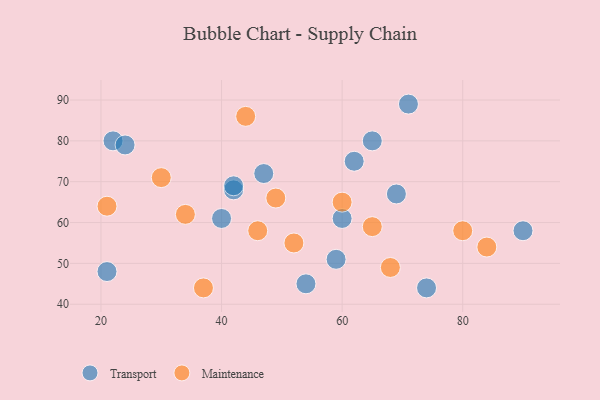
{"axis": {"x": "GDP", "y": "Life Expectancy"}, "legend": ["Maintenance", "Transport"], "data": [{"x": "60", "y": 61, "type": "Transport"}, {"x": "22", "y": 80, "type": "Transport"}, {"x": "69", "y": 67, "type": "Transport"}, {"x": "42", "y": 68, "type": "Transport"}, {"x": "40", "y": 61, "type": "Transport"}, {"x": "54", "y": 45, "type": "Transport"}, {"x": "65", "y": 80, "type": "Transport"}, {"x": "24", "y": 79, "type": "Transport"}, {"x": "59", "y": 51, "type": "Transport"}, {"x": "21", "y": 48, "type": "Transport"}, {"x": "71", "y": 89, "type": "Transport"}, {"x": "90", "y": 58, "type": "Transport"}, {"x": "74", "y": 44, "type": "Transport"}, {"x": "42", "y": 69, "type": "Transport"}, {"x": "47", "y": 72, "type": "Transport"}, {"x": "62", "y": 75, "type": "Transport"}, {"x": "49", "y": 66, "type": "Maintenance"}, {"x": "84", "y": 54, "type": "Maintenance"}, {"x": "21", "y": 64, "type": "Maintenance"}, {"x": "34", "y": 62, "type": "Maintenance"}, {"x": "65", "y": 59, "type": "Maintenance"}, {"x": "80", "y": 58, "type": "Maintenance"}, {"x": "37", "y": 44, "type": "Maintenance"}, {"x": "60", "y": 65, "type": "Maintenance"}, {"x": "52", "y": 55, "type": "Maintenance"}, {"x": "46", "y": 58, "type": "Maintenance"}, {"x": "44", "y": 86, "type": "Maintenance"}, {"x": "30", "y": 71, "type": "Maintenance"}, {"x": "68", "y": 49, "type": "Maintenance"}]}